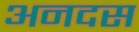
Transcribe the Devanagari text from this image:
अनदस